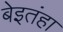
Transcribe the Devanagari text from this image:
बेइतंहा